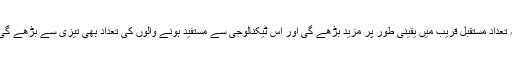
یہ تعداد مستقبل قریب میں یقینی طور پر مزید بڑھے گی اور اس ٹیکنالوجی سے مستفید ہونے والوں کی تعداد بھی تیزی سے بڑھے گی ۔